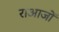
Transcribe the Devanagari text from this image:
राआजों